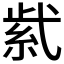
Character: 𬗋